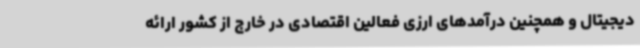
دیجیتال و همچنین درآمدهای ارزی فعالین اقتصادی در خارج از کشور ارائه